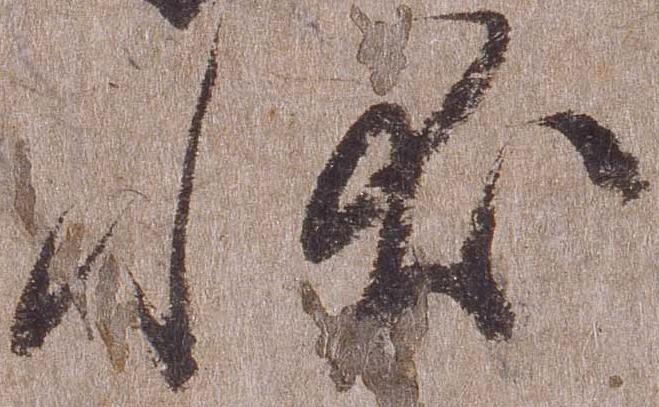
状